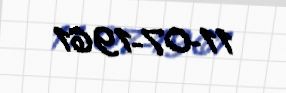
11-07-1961